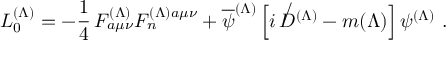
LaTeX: { \cal L } _ { 0 } ^ { ( \Lambda ) } = - { \frac { 1 } { 4 } } \, F _ { a \mu \nu } ^ { ( \Lambda ) } F _ { n } ^ { ( \Lambda ) a \mu \nu } + \overline { { \psi } } ^ { ( \Lambda ) } \left[ i \, \not D ^ { ( \Lambda ) } - m ( \Lambda ) \right] \psi ^ { ( \Lambda ) } \ .